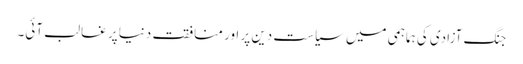
جنگ آزادی کی ہماہمی میں سیاست دین پر اور منافقت دنیا پر غالب آئی۔